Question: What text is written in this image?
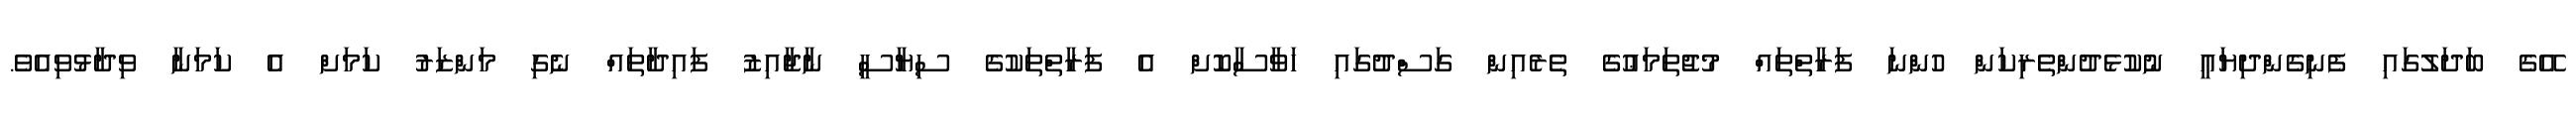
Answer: އޭގެ ބަދަލުގައި ފެނިގެންދިޔައީ ނުކުޅެދުންތެރިކަން ހުންނަ ފަރާތްތައް މުޖުތަމަޢުގެ ތެރެއިން ގަސްދުގައި ހަވާސާކޮށް އެ ފަރާތްތަކުގެ ސިޔާސީ ނާޖާއިޒު ފައިދާތައް ނެގި މަންޒަރު ކަމަށް އެ ކަމަނާ ވިދާޅުވިއެވެ.